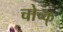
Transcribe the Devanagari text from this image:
चोच्क्